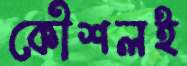
কৌশলই